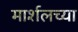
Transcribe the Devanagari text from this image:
मार्शलच्या